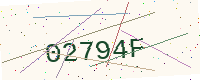
Text: 02794F